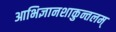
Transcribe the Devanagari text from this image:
आभिज्ञानशाकुन्तलम्